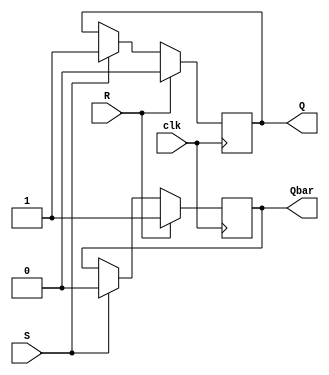
module sr_flipflop(
    input S,        // Set input
    input R,        // Reset input
    input clk,      // Clock input
    output reg Q,   // Output
    output reg Qbar // Complement of Q
);

always @(posedge clk) begin
    if (R) begin
        Q <= 1'b0;
        Qbar <= 1'b1;
    end else if (S) begin
        Q <= 1'b1;
        Qbar <= 1'b0;
    end
end

endmodule